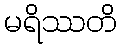
မရိဿတိ